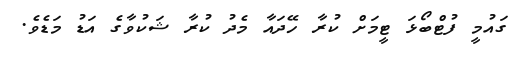
ގައުމީ ފުޓްބޯޅަ ޓީމަށް ކުރާ ހޭދައާ މެދު ކުރާ ޝަކުވާގެ އަޑު މަޑެވެ.